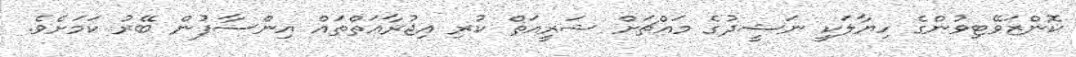
ކޮންޒަވޭޓިވުންގެ ހިޔާލަކީ ނަޝީދުގެ މައްޗަށް ޝަރީއަތް ކުރި އިޖުރާއަތްތައް އިންސާފުން ބޭރު ކަމަށެވެ.